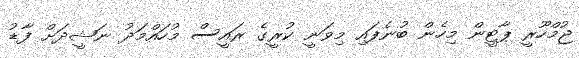
ޖުމްހޫރީ ޕާޓީން މިހެން ބުނެފައި މިވަނީ ކުރީގެ ރައީސް މުހައްމަދު ނަޝީދަށް ފާޑު